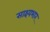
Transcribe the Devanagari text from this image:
साक्ष्यभार